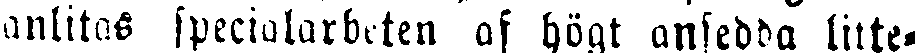
anlitas specialarbeten af högt ansedda litte-